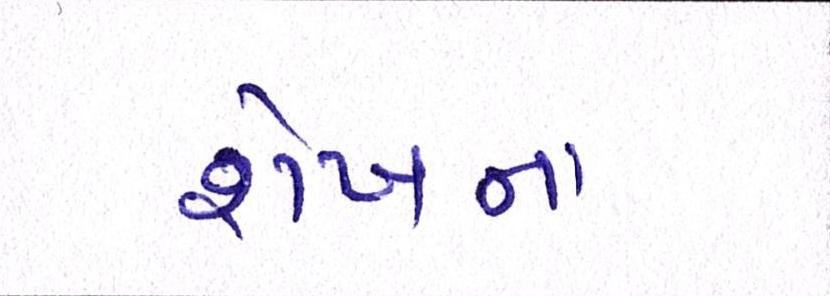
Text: શેખના